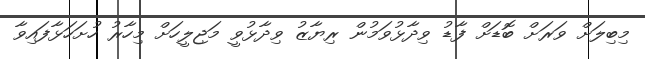
މިބިލަށް ވަރަށް ބޮޑަށް ފާޑު ވިދާޅުވަމުން ރިޔާޒު ވިދާޅުވީ މަޖިލީހަށް މިހާރު ހުށަހަޅާފައިވާ